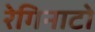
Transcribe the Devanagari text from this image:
रेगिनाटो